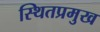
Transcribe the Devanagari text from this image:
स्थितप्रमुख